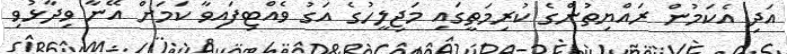
އަދި އެކަމުން ރައްޔިތުންގެ ކުރިމަތީގައި މަޖިލީހުގެ އަގު ވެއްޓިފައިވާ ކަމަށް އޭނާ ވިދާޅުވި